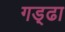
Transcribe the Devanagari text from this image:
गड़्ढा